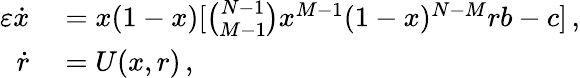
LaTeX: \begin{array}{rl}{\varepsilon\dot{x}}&{{}=x(1-x)[\binom{N-1}{M-1}x^{M-1}(1-x)^{N-M}rb-c]\, ,}\\ {\dot{r}}&{{}=U(x,r)\, ,}\end{array}